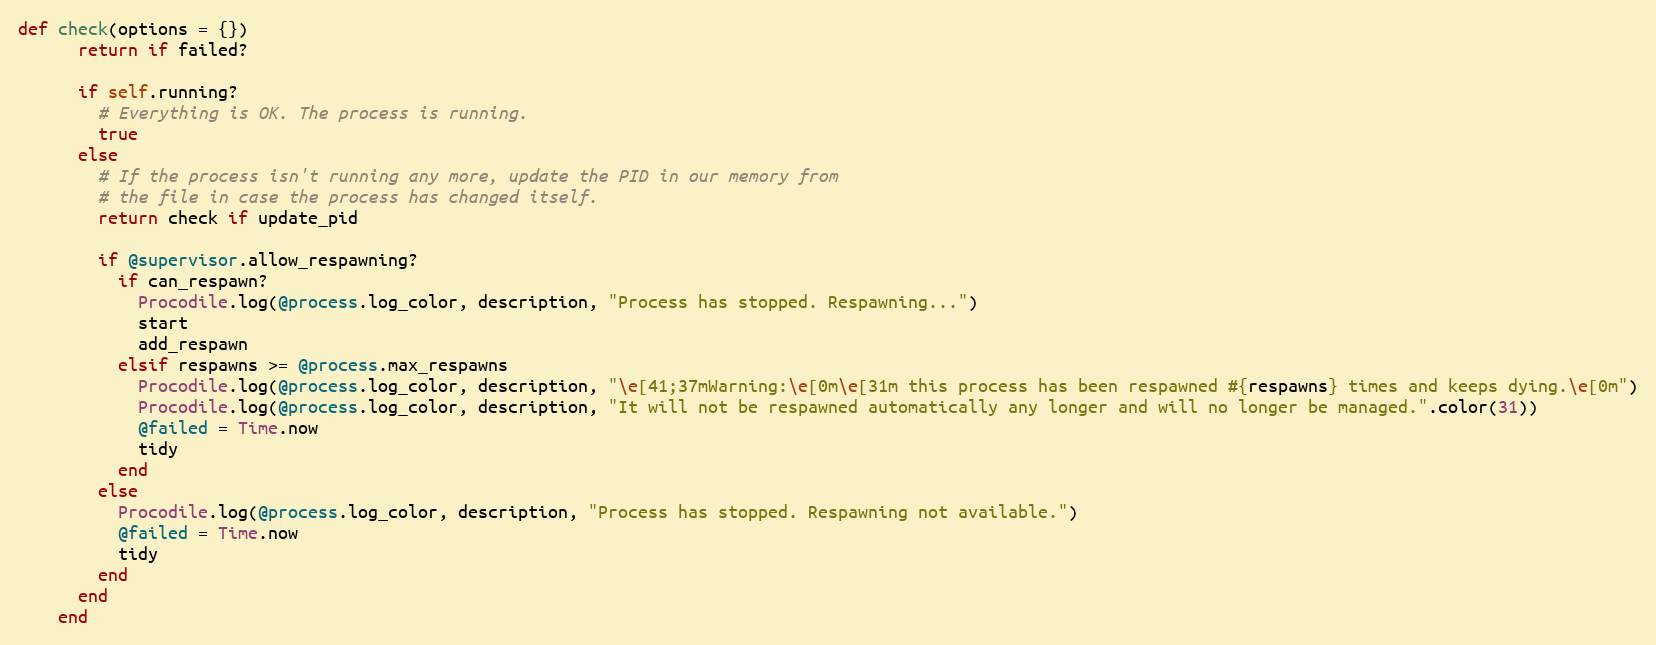
Language: Ruby
def check(options = {})
      return if failed?

      if self.running?
        # Everything is OK. The process is running.
        true
      else
        # If the process isn't running any more, update the PID in our memory from
        # the file in case the process has changed itself.
        return check if update_pid

        if @supervisor.allow_respawning?
          if can_respawn?
            Procodile.log(@process.log_color, description, "Process has stopped. Respawning...")
            start
            add_respawn
          elsif respawns >= @process.max_respawns
            Procodile.log(@process.log_color, description, "\e[41;37mWarning:\e[0m\e[31m this process has been respawned #{respawns} times and keeps dying.\e[0m")
            Procodile.log(@process.log_color, description, "It will not be respawned automatically any longer and will no longer be managed.".color(31))
            @failed = Time.now
            tidy
          end
        else
          Procodile.log(@process.log_color, description, "Process has stopped. Respawning not available.")
          @failed = Time.now
          tidy
        end
      end
    end